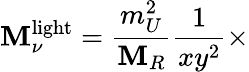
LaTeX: \mathbf{M}_{\nu}^{\mathrm{{light}}}={\frac{{m_{U}^{2}}}{{\mathbf{M}_{R}}}}{\frac{{1}}{{xy^{2}}}}\times